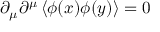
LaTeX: \partial _ { \mu } \partial ^ { \mu } \left\langle \phi ( x ) \phi ( y ) \right\rangle = 0